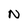
Character: N